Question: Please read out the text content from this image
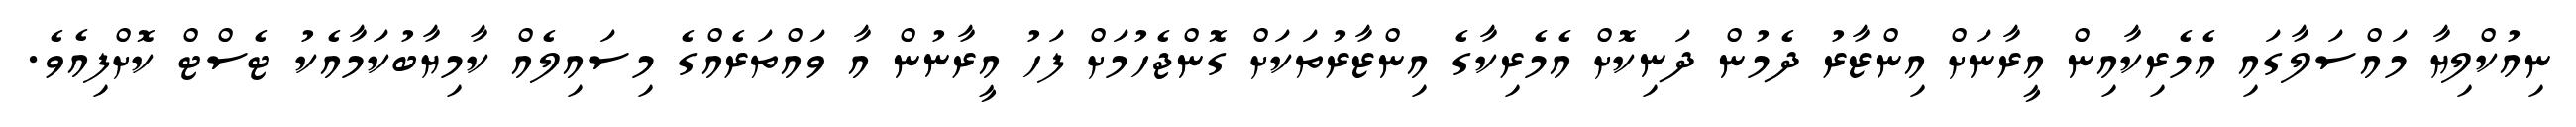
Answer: ނިއުކްލިޔާ މައްސަލާގައި އެމެރިކާއިން އީރާނަށް އިންޒާރު ދެމުން ދަނިކޮށް އެމެރިކާގެ އިންޒާރުތަކަށް ގޮންޖެހުމަށް ފަހު އީރާނުން އާ ވައްތަރެއްގެ މިސައިލެއް ކާމިޔާބުކަމާއެކު ޓެސްޓް ކޮށްފިއެވެ.